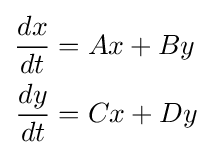
{\begin{aligned}{\frac {dx}{dt}}&=Ax+By\\{\frac {dy}{dt}}&=Cx+Dy\end{aligned}}